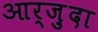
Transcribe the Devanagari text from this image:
आर्ज़ुदा